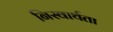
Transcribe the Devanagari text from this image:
निस्वार्थता